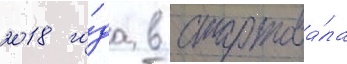
2018 го́да в стартова́ла